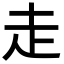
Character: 走